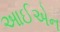
આઈએન